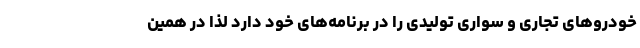
خودروهای تجاری و سواری تولیدی را در برنامه‌های خود دارد لذا در همین